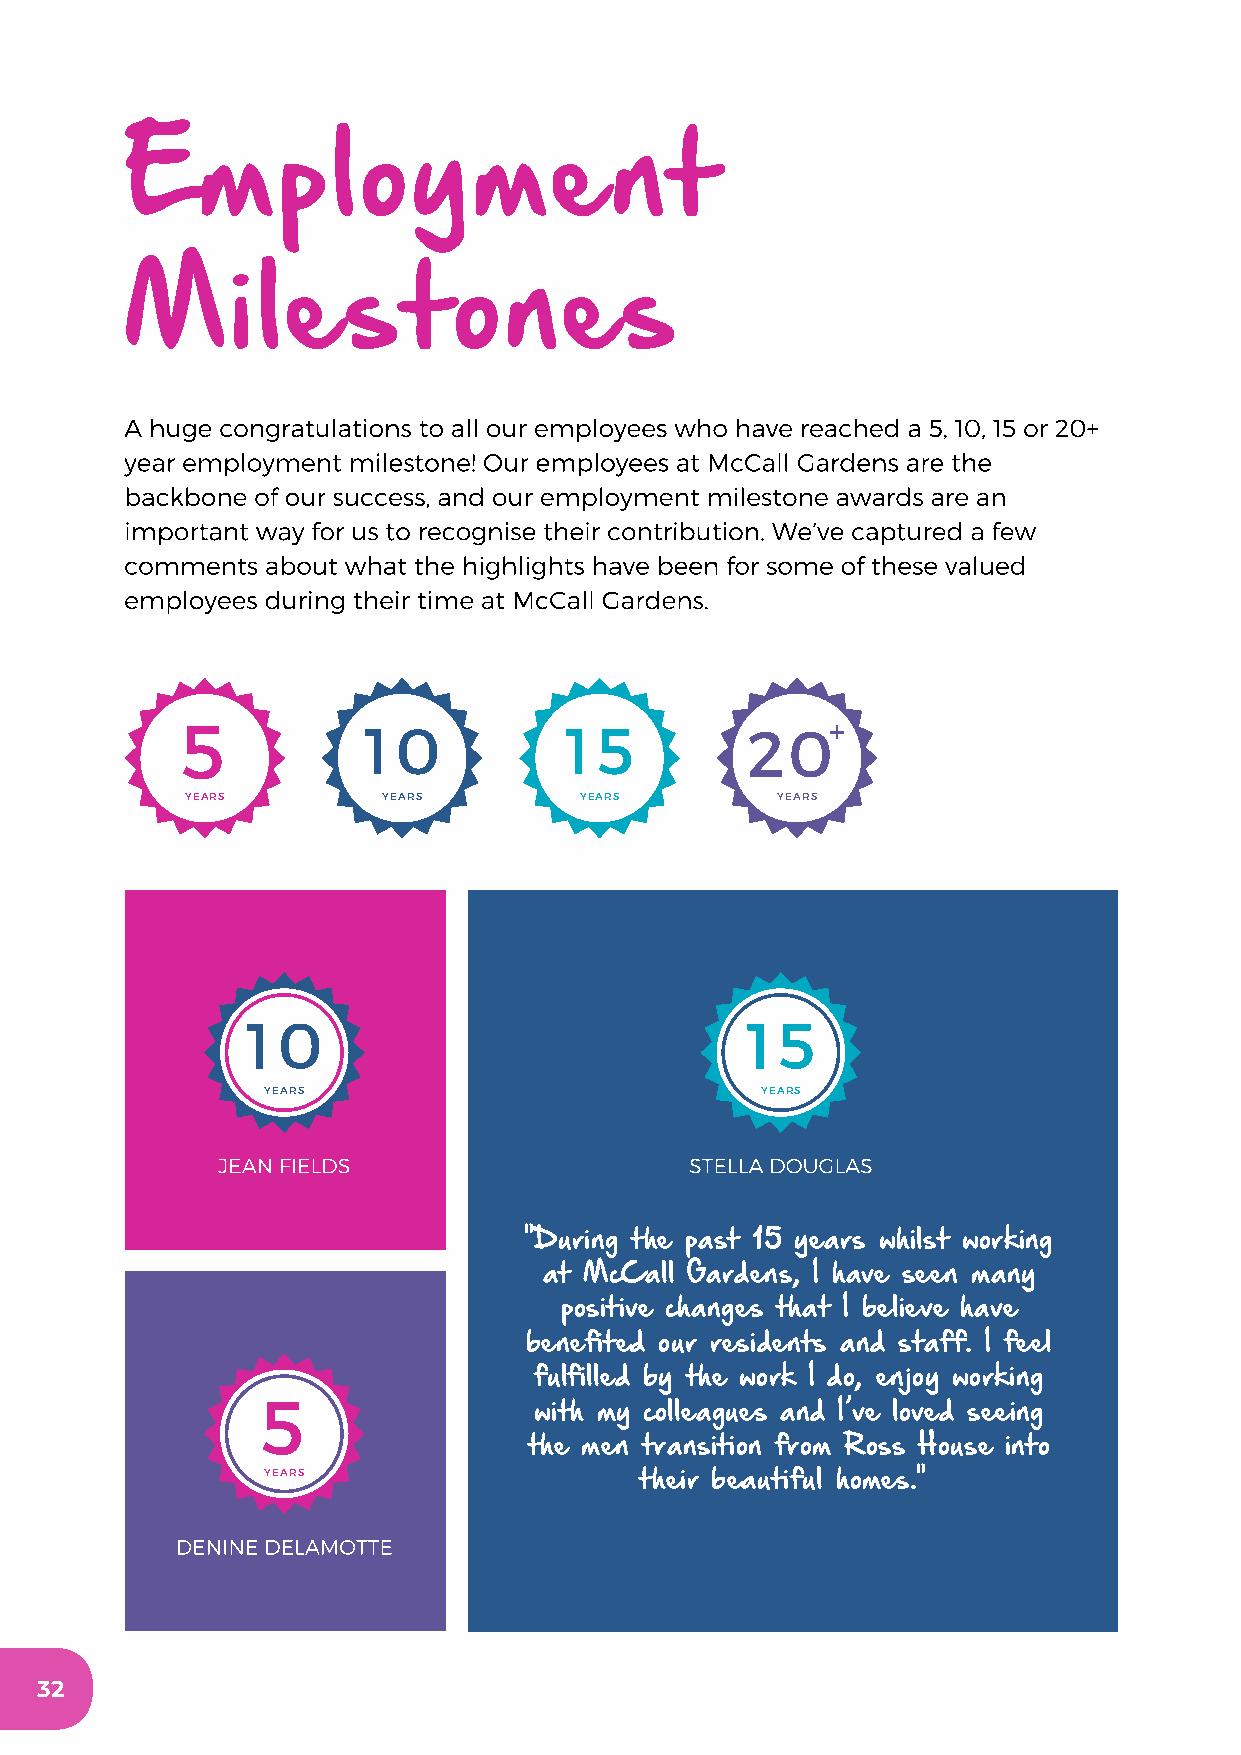
Employment
 Milestones
 A huge congratulations to all our employees who have reached a 5, 10, 15 or 20+
 year employment milestone! Our employees at McCall Gardens are the
 backbone of our success, and our employment milestone awards are an
 important way for us to recognise their contribution. We’ve captured a few
 comments  about what the highlights have been for some of these valued
 employees during their time at McCall Gardens.
 5           1 0          1  5        20+
 YEARS        YEARS        YEARS        YEARS
 1 0                              1  5
 YEARS                           YEARS
 JEAN FIELDS                     STELLA DOUGLAS
 "During the past 15 years whilst working
 at McCall Gardens, I have seen many
 positive changes that I believe have
 benefited our residents and staff. I feel
 fulfilled by the work I do, enjoy working
 5
 with my colleagues and I’ve loved seeing
 the men transition from Ross House into
 YEARS                   their beautiful homes."
 DENINE DELAMOTTE
 32